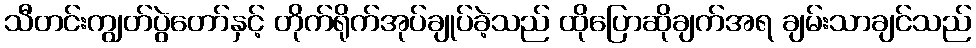
သီတင်းကျွတ်ပွဲတော်နှင့် တိုက်ရိုက်အုပ်ချုပ်ခဲ့သည် ထိုပြောဆိုချက်အရ ချမ်းသာချင်သည်